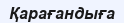
Қарағандыға